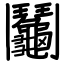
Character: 鬮